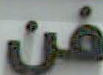
فن